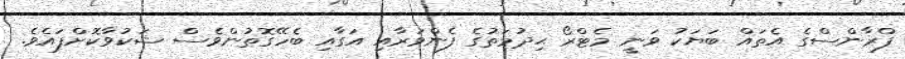
ފްރާންސްގެ އެތައް ބަޔަކު ވަނީ މެޓްރޯ ޙިދުމަތުގެ ފެންވަރާއި އަގާއި ބެހޭގޮތުންވެސް ޝަކުވާކޮށްފައެވެ.